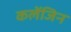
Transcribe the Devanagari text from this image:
कलेंजिन